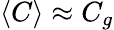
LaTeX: \langle C\rangle\approx C_{g}